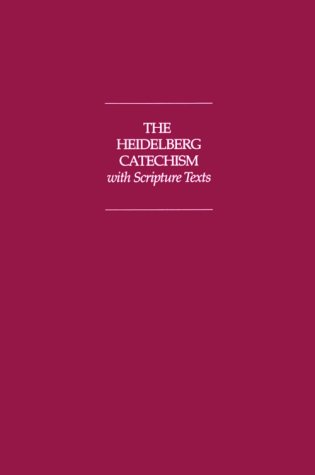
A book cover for The Heidelberg Catechism With Scripture Texts; Christian Reformed Church; Christian Books & Bibles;